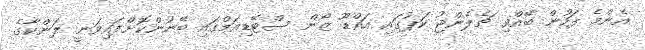
އެންމެ ފަހުން ބޭއްވި ޗެލެންޖު ކަޕުގައި އައްޑޫ ޒޯން ސްޓޭޑިއަމްގައި ބޭނުންކޮށްފައިވަނީ ލަންކާގެ